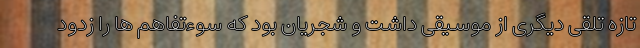
تازه تلقی دیگری از موسیقی داشت و شجریان بود که سوء‌تفاهم ها را زدود